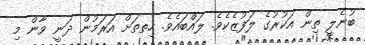
ބުނެލީ ތިން އަކުރުގެ ލަފުޒެކެވެ. ލައްބައެވެ. ހިތތަށް އަރަމުން ދަނީ ވާން މި